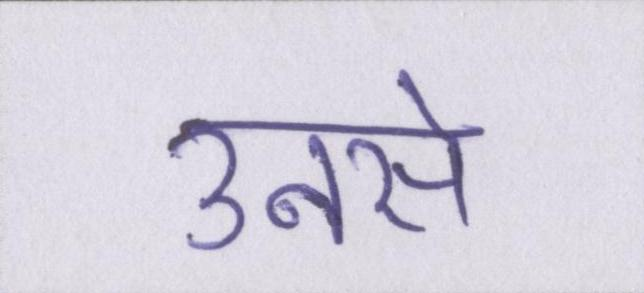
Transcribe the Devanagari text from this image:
उनसे